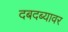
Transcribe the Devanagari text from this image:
दबदब्यावर